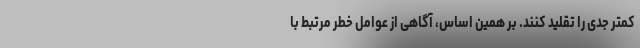
کمتر جدی را تقلید کنند. بر همین اساس، آگاهی از عوامل خطر مرتبط با